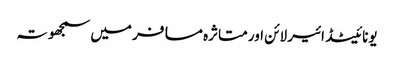
یونائیٹڈ ائیر لائن اور متاثرہ مسافر میں سمجھوتہ